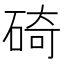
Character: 碕